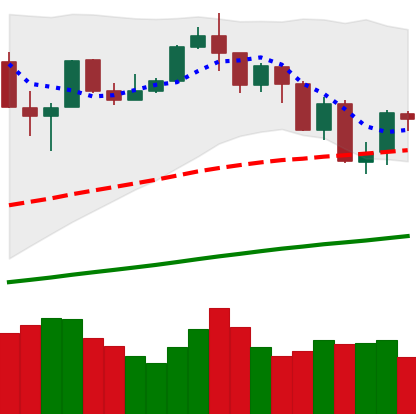
Ticker: BTC-USD
Chart end date: 2019-07-19
Forward return: -6.826%
Label: down_5_7